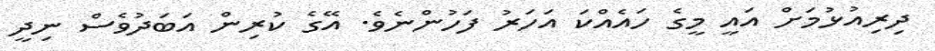
ދިރިއުޅުމަށް އައީ މީގެ ހައެއްކަ އަހަރު ފަހުންނެވެ. އޭގެ ކުރިން އަބަދުވެސް ނިދީ